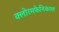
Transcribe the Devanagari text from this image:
क्लोरमफेनिकाल